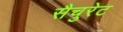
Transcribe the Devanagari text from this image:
सैचुरेट